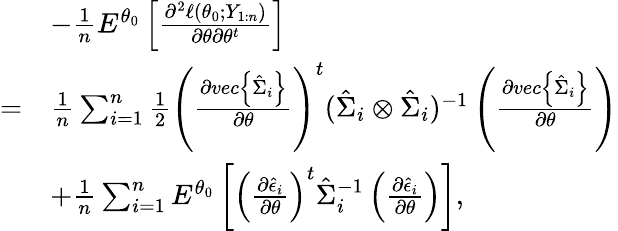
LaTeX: \begin{array}{rl}&{-\frac{1}{n}E^{\theta_{0}}\left[\frac{\partial^{2}\ell(\theta_{0};Y_{1:n})}{\partial\theta\partial\theta^{t}}\right]}\\ {=}&{\frac{1}{n}\sum_{i=1}^{n}\frac{1}{2}\left(\frac{\partial vec\left\{ \hat{\Sigma}_{i}\right\} }{\partial\theta}\right)^{t}(\hat{\Sigma}_{i}\otimes\hat{\Sigma}_{i})^{-1}\left(\frac{\partial vec\left\{ \hat{\Sigma}_{i}\right\} }{\partial\theta}\right)}\\ &{+\frac{1}{n}\sum_{i=1}^{n}E^{\theta_{0}}\left[\left(\frac{\partial\hat{\epsilon}_{i}}{\partial\theta}\right)^{t}\hat{\Sigma}_{i}^{-1}\left(\frac{\partial\hat{\epsilon}_{i}}{\partial\theta}\right)\right],}\end{array}